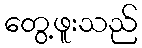
တွေ့ဖူးသည်